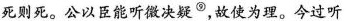
死则死。公以臣能听微决疑^{⑨}，故使为理。今过听